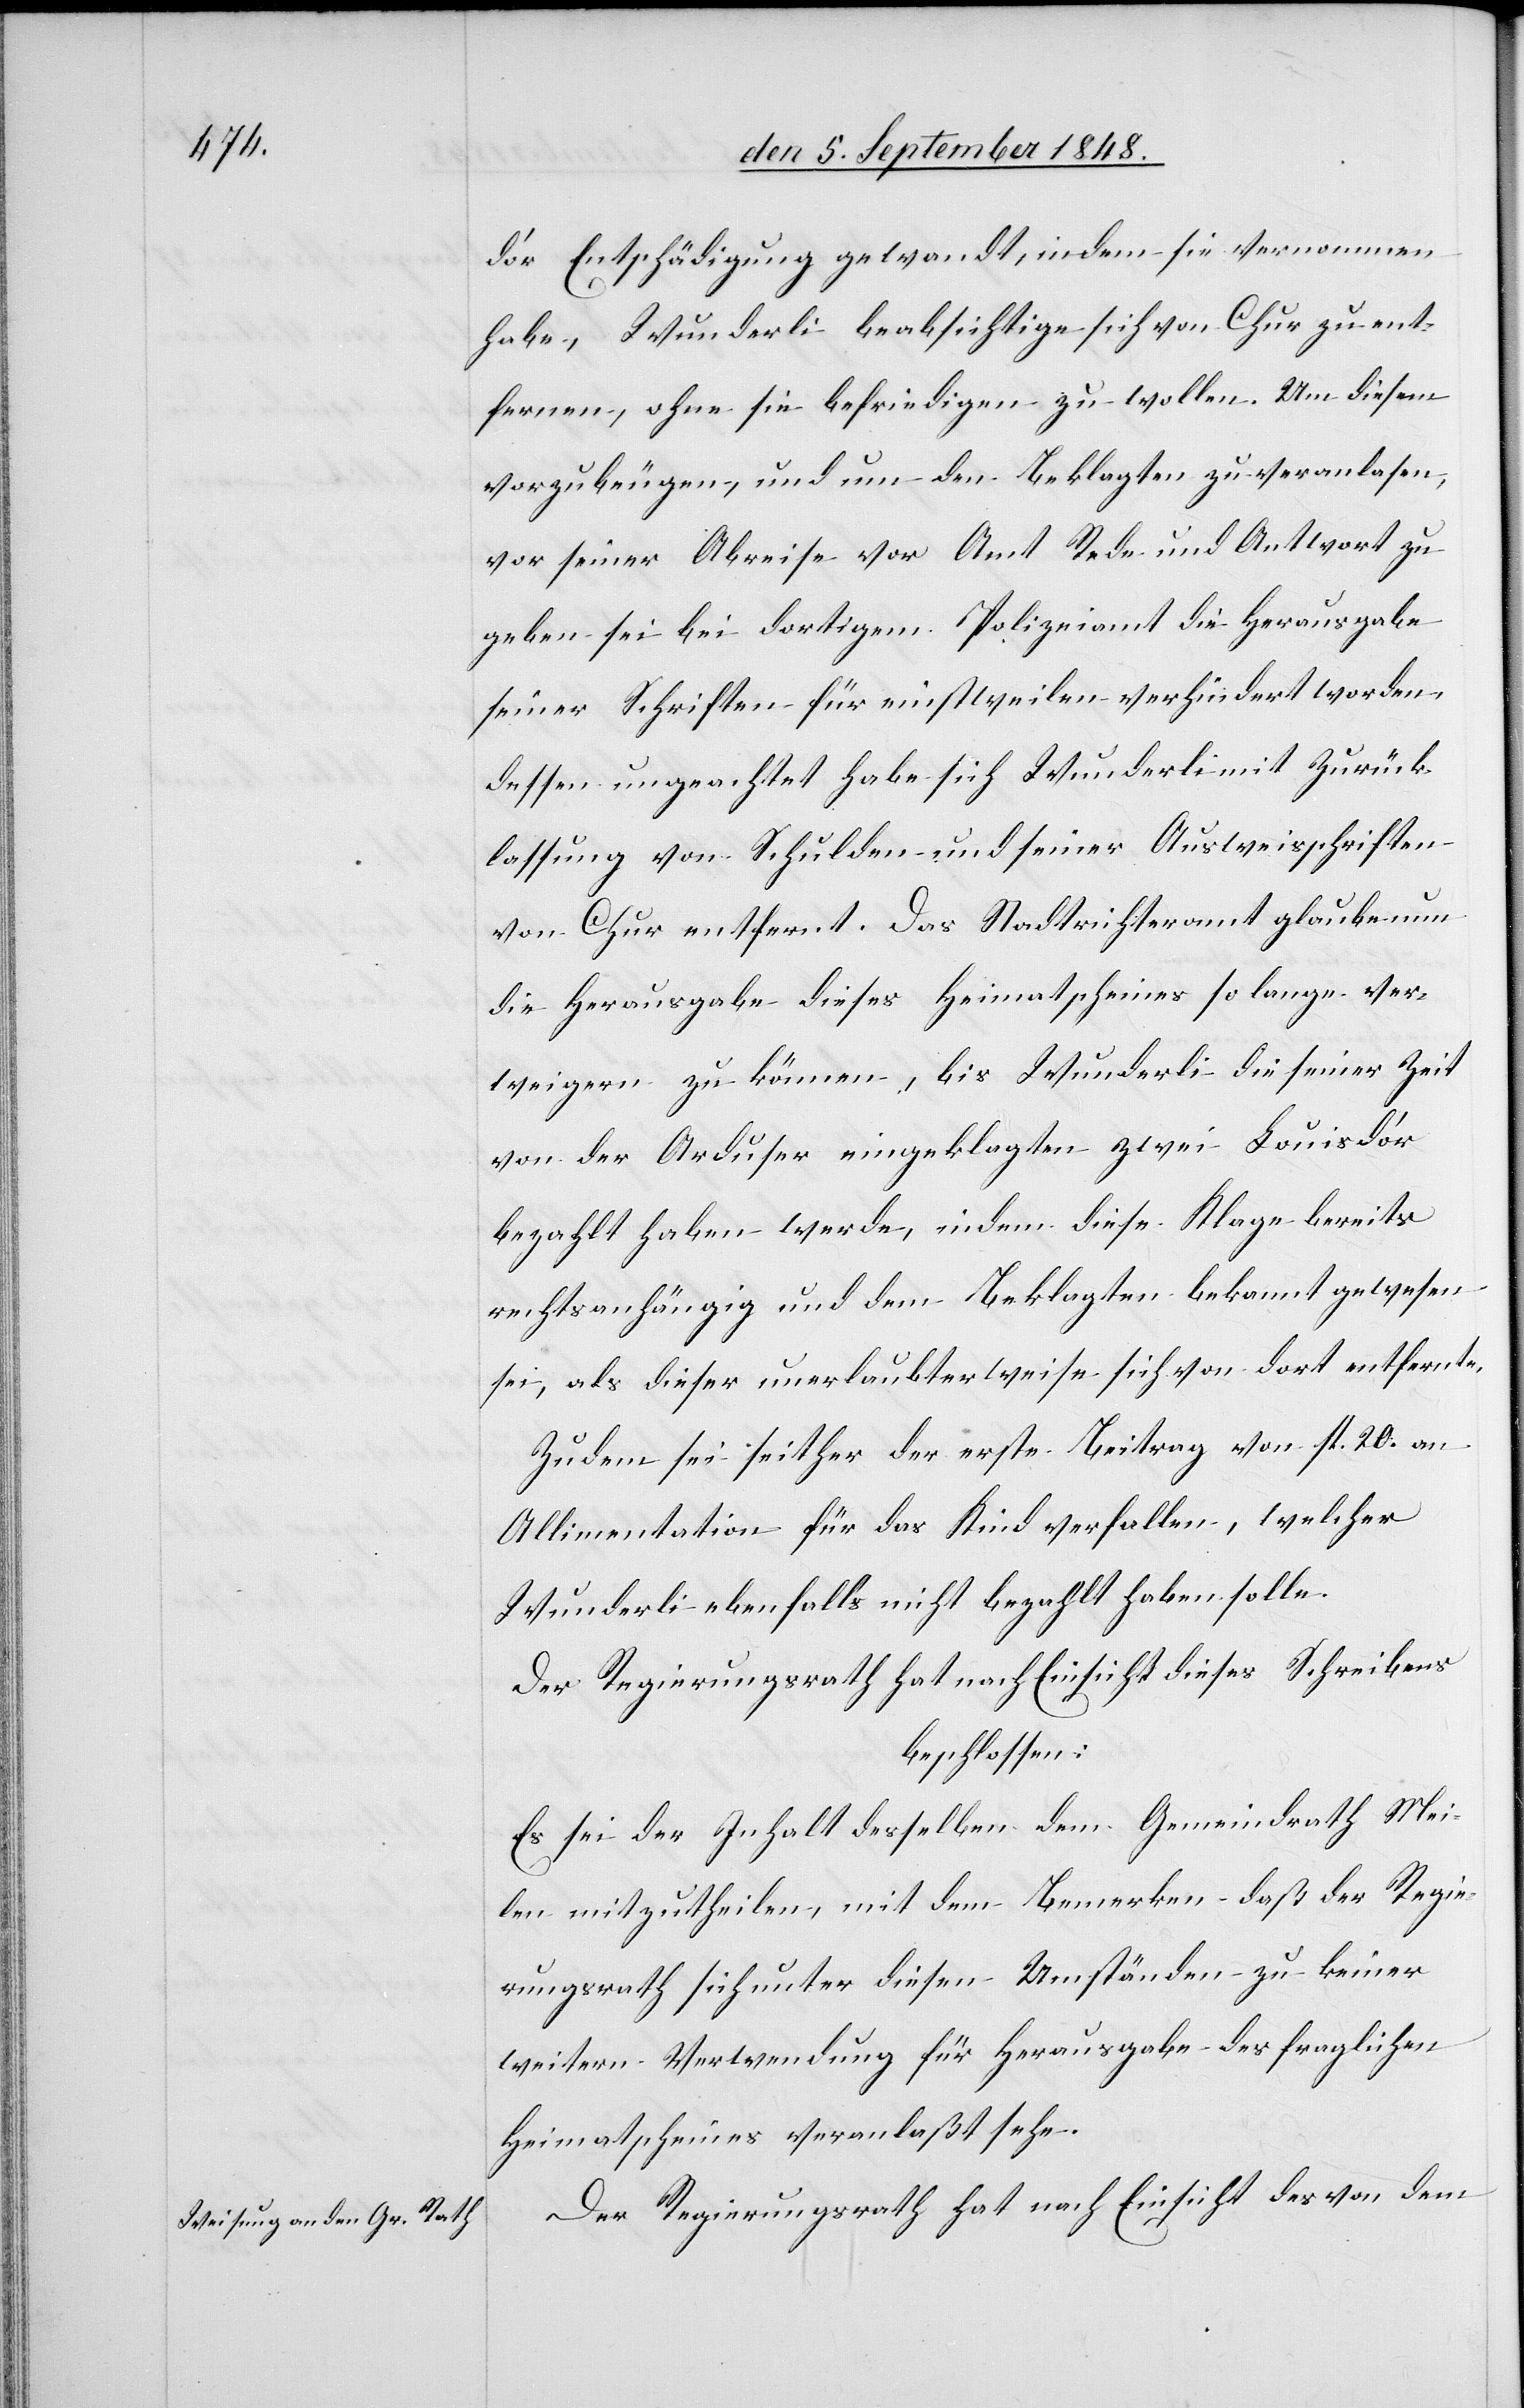
d’or Entschädigung gewandt, indem sie vernommen
habe, Wunderli beabsichtige sich von Chur zu ent¬
fernen, ohne sie befriedigen zu wollen. Um diesem
vorzubeugen, und um den Beklagten zu veranlas[s]en,
vor seiner Abreise vor Amt Rede und Antwort zu
geben sei bei dortigem Polizeiamt die Herausgabe
seiner Schriften für einstweilen verhindert worden,
dessen ungeachtet habe sich Wunderli mit Zurück¬
lassung von Schulden und seiner Ausweisschriften
von Chur entfernt. Das Stadtrichteramt glaube nun
die Herausgabe dieses Heimatscheines so lange ver¬
weigern zu können, bis Wunderli die seiner Zeit
von der Arduser eingeklagten zwei Louisd’or
bezahlt haben werde, indem diese Klage bereits
rechtsanhängig und dem Beklagten bekannt gewesen
sei, als dieser unerlaubterweise sich von dort entfernte.
Zudem sei seither der erste Beitrag von fl. 20. an
Allimentation für das Kind verfallen, welcher
Wunderli ebenfalls nicht bezahlt haben solle.
Der Regierungsrath hat nach Einsicht dieses Schreibens
beschlossen:
Es sei der Inhalt desselben dem Gemeindrath Mei¬
len mitzutheilen, mit dem Bemerken daß der Regie¬
rungsrath sich unter diesen Umständen zu keiner
weitern Verwendung für Herausgabe des fraglichen
Heimatscheines veranlaßt sehe.
Der Regierungsrath hat nach Einsicht des von dem